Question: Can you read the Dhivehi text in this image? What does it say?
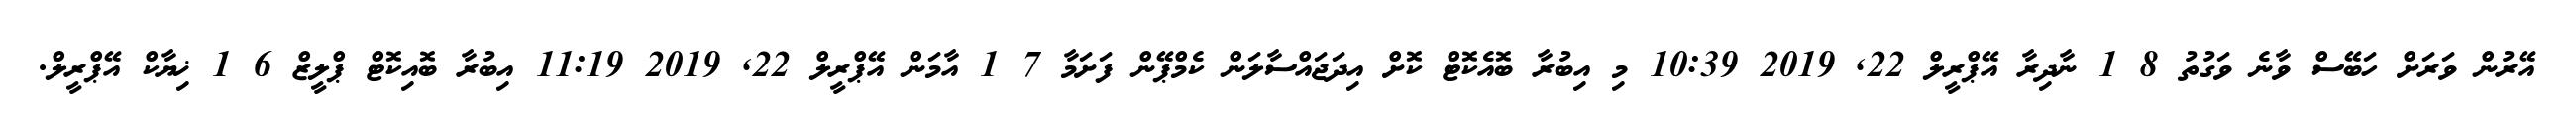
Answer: އޭރުން ވަރަށް ހަބޭސް ވާނެ ވަގުތު 8 1 ނާދިރާ އޭޕްރީލް 22, 2019 10:39 މި އިބުރާ ބޮއެކޮޓް ކޮށް އިދަޖައްސާލަން ކެމްޕޭން ފަށަމާ 7 1 އާމަން އޭޕްރީލް 22, 2019 11:19 އިބުރާ ބޮއިކޮޓް ޕްލީޒް 6 1 ޚިޔާކް އޭޕްރީލް.